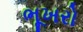
ભૂખરો